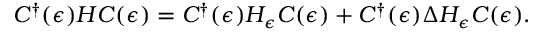
C ^ { \dagger } ( \epsilon ) H C ( \epsilon ) = C ^ { \dagger } ( \epsilon ) H _ { \epsilon } C ( \epsilon ) + C ^ { \dagger } ( \epsilon ) \Delta H _ { \epsilon } C ( \epsilon ) .